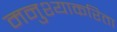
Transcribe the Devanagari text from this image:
मनुश्याकरिता